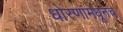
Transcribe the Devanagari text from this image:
धोरणांमधूनच